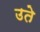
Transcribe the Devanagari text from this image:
उते